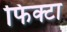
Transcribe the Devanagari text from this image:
फिक्टा